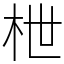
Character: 枻